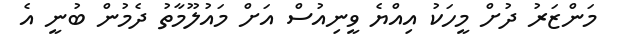
މަންޒަރު ދުށް މީހަކު އިއްޔެ ވީނިއުސް އަށް މައުލޫމާތު ދެމުން ބުނީ އެ